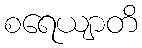
စရေယျာတိ